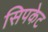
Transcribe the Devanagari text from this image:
सिपकेट